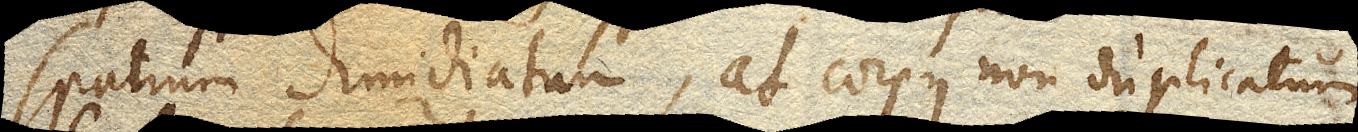
spatium dimidiatum, at corpus non duplicatum.